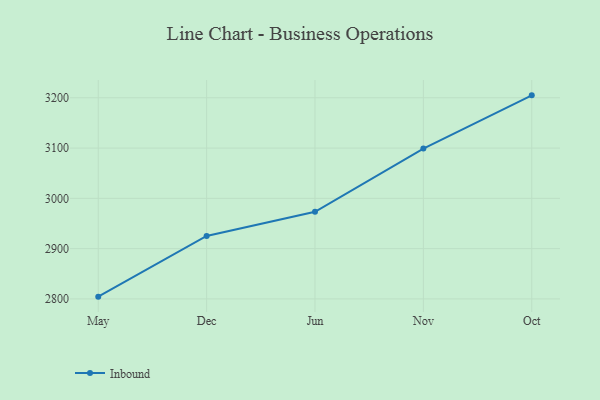
{"axis": {"x": "Month", "y": "Inventory Turnover"}, "legend": ["Inbound"], "data": [{"x": "May", "y": 2804.5, "type": "Inbound"}, {"x": "Dec", "y": 2925.1, "type": "Inbound"}, {"x": "Jun", "y": 2973.3, "type": "Inbound"}, {"x": "Nov", "y": 3098.9, "type": "Inbound"}, {"x": "Oct", "y": 3204.8, "type": "Inbound"}]}